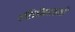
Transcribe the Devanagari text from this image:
परिनौकायनों